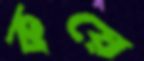
কয়ে